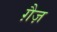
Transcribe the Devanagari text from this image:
ग़ैज़